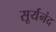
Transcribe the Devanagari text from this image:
सूर्यनंद